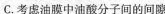
C.考虑油膜中油酸分子间的间隙